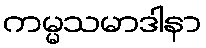
ကမ္မသမာဒါနာ